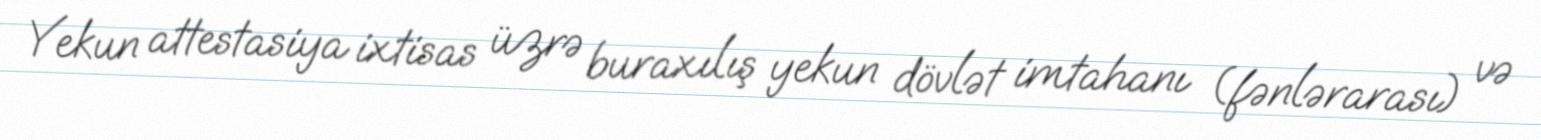
Yekun attestasiya ixtisas üzrə buraxılış yekun dövlət imtahanı (fənlərarası) və